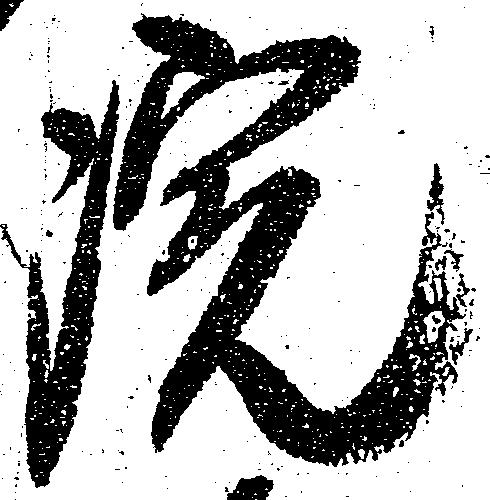
院